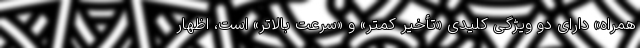
همراه» دارای دو ویژگی کلیدی «تأخیر کمتر» و «سرعت بالاتر» است، اظهار